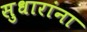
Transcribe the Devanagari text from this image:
सुधारांना